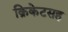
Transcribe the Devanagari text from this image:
क्रिकेटसह